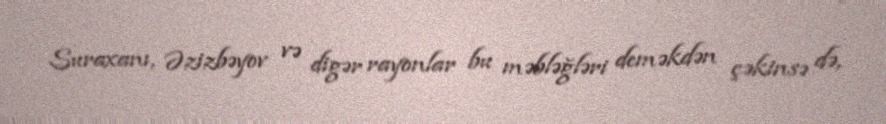
Suraxanı, Əzizbəyov və digər rayonlar bu məbləğləri deməkdən çəkinsə də,